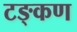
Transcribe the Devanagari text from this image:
टङ्कण